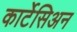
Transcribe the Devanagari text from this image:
कार्टेसिअन